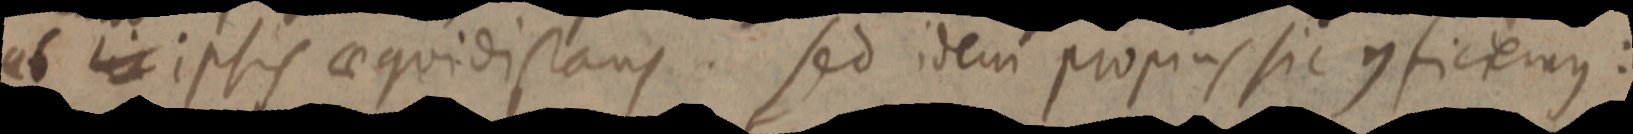
ab _ ipsis aequidistans. sed idem propius sic conficiemus: